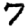
Digit: 7